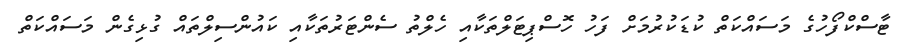
ޓާސްކްފޯހުގެ މަސައްކަތް ކުޑަކުރުމަށް ފަހު ހޮސްޕިޓަލްތަކާއި ހެލްތު ސެންޓަރުތަކާއި ކައުންސިލްތައް ގުޅިގެން މަސައްކަތް